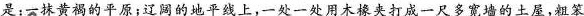
是:一抹黄褐的平原；辽阔的地平线上,一处一处用木橡夹打成一尺多宽墙的土屋,粗笨